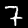
Label: 7